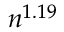
n ^ { 1 . 1 9 }